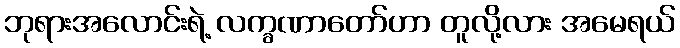
ဘုရားအလောင်းရဲ့ လက္ခဏာတော်ဟာ တူလို့လား အမေရယ်